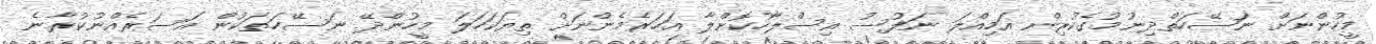
މީހުންނަށް ނަޞޭހަތްދިނުމުގެކުރިން އަމިއްލަ ނަފުސު އިސްލާހުކޮށްލާ އަހަރެމެންނަށް ތިޔަކަހަލަ މީހުންދޭ ނަސޭހަތަކުން އަސަރެއްނުކުރާނެ